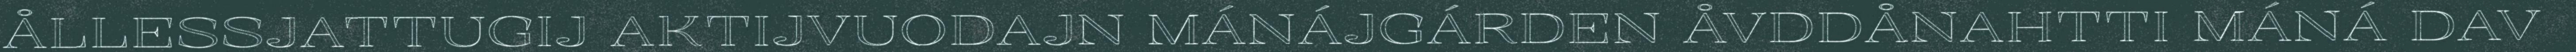
ÅLLESSJATTUGIJ AKTIJVUODAJN MÁNÁJGÁRDEN ÅVDDÅNAHTTI MÁNÁ DAV